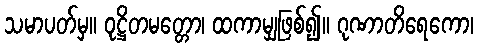
သမာပတ်မှ။ ဝုဋ္ဌိတမတ္တော၊ ထကာမျှဖြစ်၍။ ဂုဏာတိရေကော၊